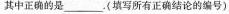
其中正确的是___.(填写所有正确结论的编号)